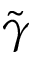
\tilde { \gamma }